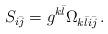
LaTeX: \begin{align*}S_{i\bar j}=g^{k\bar l}\Omega_{k\bar li\bar j}\,. \end{align*}